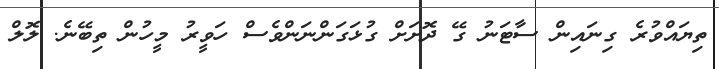
ތިޔައްވުރެ ގިނައިން ސާޓަނު ގޭ ދޮށަށް ގުޅަގަންނަންވެސް ހަވީރު މީހުން ތިބޭނެ. ލޮލް